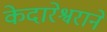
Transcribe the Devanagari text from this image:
केदारेश्वराने